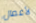
لأعمال